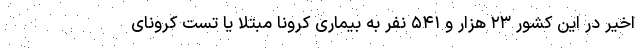
اخیر در این کشور ۲۳ هزار و ۵۴۱ نفر به بیماری کرونا مبتلا یا تست کرونای